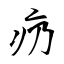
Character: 疓